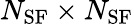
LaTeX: N_{\mathrm{SF}}\times N_{\mathrm{SF}}